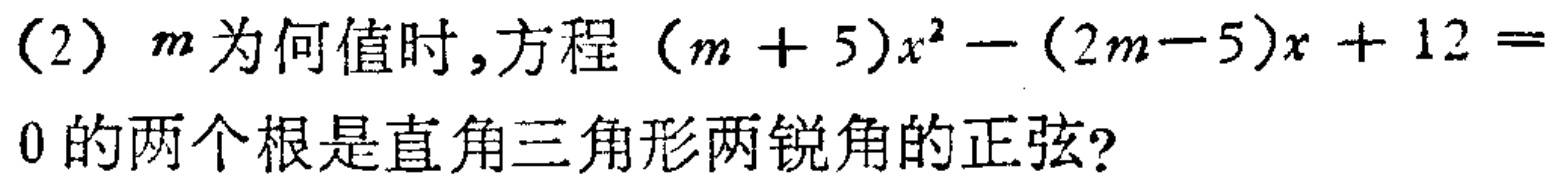
(2) \(m\)为何值时，方程\((m + 5)x^{2}-(2m - 5)x + 12 = 0\)的两个根是直角三角形两锐角的正弦？